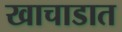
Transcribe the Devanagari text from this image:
खाचाडात